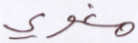
مغوي